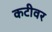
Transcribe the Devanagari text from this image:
कटीवर